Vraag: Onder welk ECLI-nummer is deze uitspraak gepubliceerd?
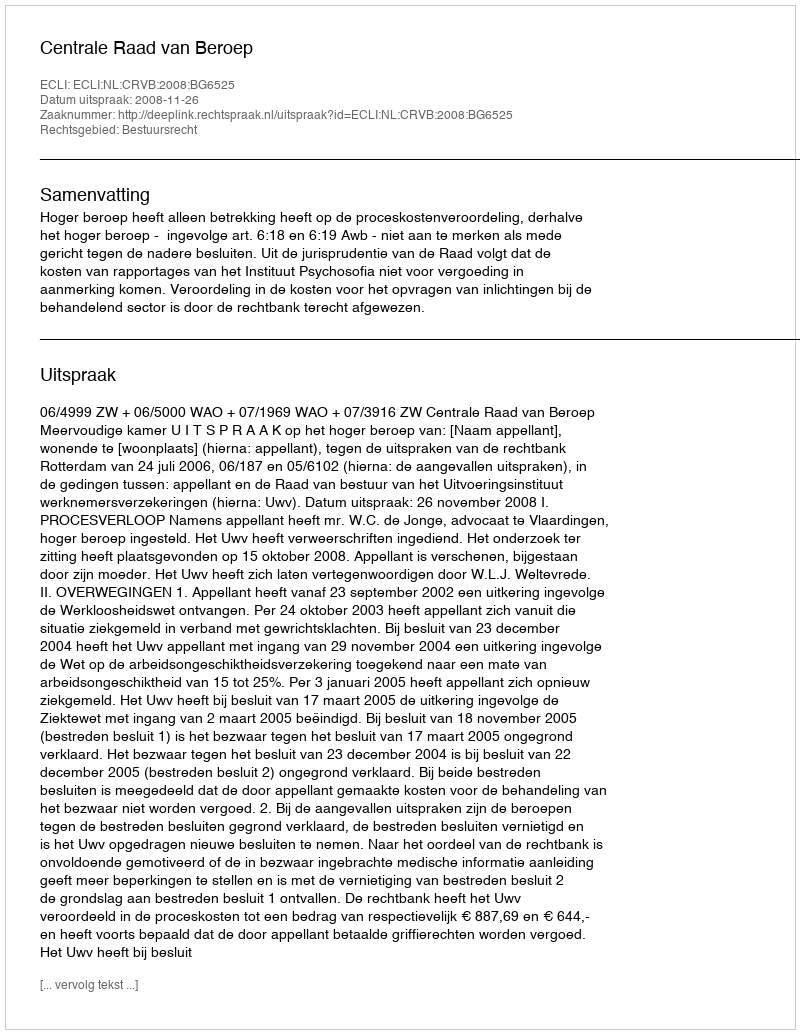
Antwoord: ECLI:NL:CRVB:2008:BG6525